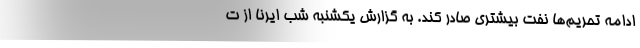
ادامه تحریم‌ها نفت بیشتری صادر کند. به گزارش یکشنبه شب ایرنا از ت